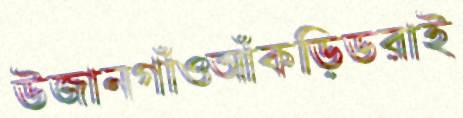
উজানগাঁওআঁকড়িডরাই